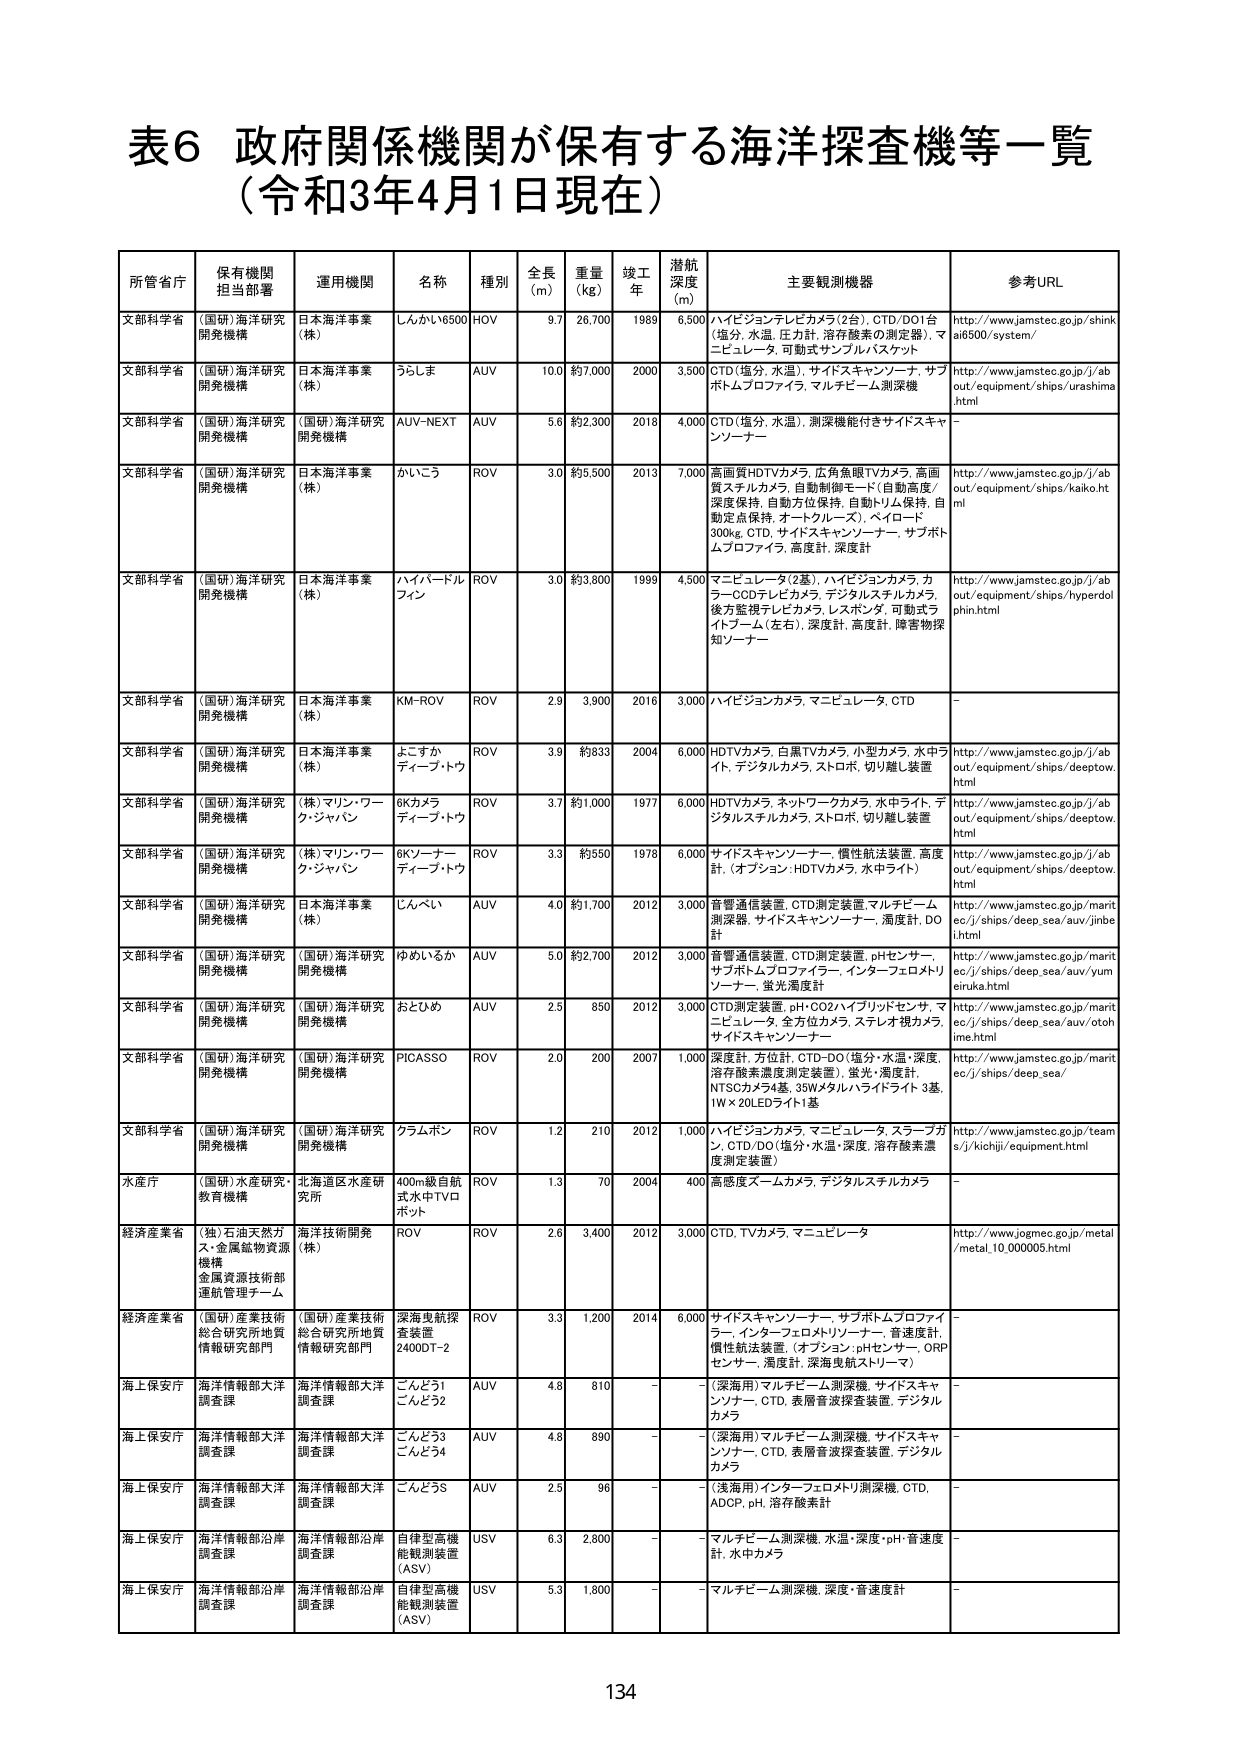
表6 政府関係機関が保有する海洋探査機等一覧
（令和3年4月1日現在）

所管省庁 保有機関担当部署 運用機関 名称 種別 全長(m) 重量(kg) 竣工年 潜航深度(m) 主要観測機器 参考URL

文部科学省 （国研）海洋研究開発機構 日本海洋事業（株） しんかい6500 HOV 9.7 26,700 1989 6,500 ハイビジョンテレビカメラ（2台）、CTD/DO1台（塩分、水温、圧力計、溶存酸素の測定器）、マニビュレータ、可動式サンプルバスケット http://www.jamstec.go.jp/shinkai6500/system/

文部科学省 （国研）海洋研究開発機構 日本海洋事業（株） うらしま AUV 10.0 約7,000 2000 3,500 CTD（塩分、水温）、サイドスキャンソナー、サブボトムプロファイラ、マルチビーム測深機 http://www.jamstec.go.jp//about/equipment/ships/urashima.html

文部科学省 （国研）海洋研究開発機構 （国研）海洋研究開発機構 AUV-NEXT AUV 5.6 約2,300 2018 4,000 CTD（塩分、水温）、測深機能付きサイドスキャンソナー －

文部科学省 （国研）海洋研究開発機構 日本海洋事業（株） かいこう ROV 3.0 約5,500 2013 7,000 高画質HDTVカメラ、広角魚眼TVカメラ、高画質スチルカメラ、自動制御モード（自動高度/深度保持、自動方位保持、自動トルク保持、自動定点保持、オートクルーズ）、ペイロード300kg、CTD、サイドスキャンソナー、サブボトムプロファイラ、高度計 http://www.jamstec.go.jp//about/equipment/ships/kaiko.html

文部科学省 （国研）海洋研究開発機構 日本海洋事業（株） ハイパードルフィン ROV 3.0 約3,800 1999 4,500 マニビュレータ（2基）、ハイビジョンカメラ、カラーCODテレビカメラ、デジタルスチルカメラ、後方監視テレビカメラ、レスポンダ、可動式ライトブーム（左右）、深度計、高度計、障害物探知ソナー http://www.jamstec.go.jp//about/equipment/ships/hyperdolphin.html

文部科学省 （国研）海洋研究開発機構 日本海洋事業（株） KM-ROV ROV 2.9 3,900 2016 3,000 ハイビジョンカメラ、マニビュレータ、CTD －

文部科学省 （国研）海洋研究開発機構 日本海洋事業（株） よこすかディープ・トゥ ROV 3.9 約833 2004 6,000 HDTVカメラ、白黒TVカメラ、小型カメラ、水中ライト、デジタルカメラ、ストロボ、切り離し装置 http://www.jamstec.go.jp//about/equipment/ships/deeptow.html

文部科学省 （国研）海洋研究開発機構 （株）マリン・ワーク・ジャパン 6Kカメラディープ・トゥ ROV 3.7 約1,000 1977 6,000 HDTVカメラ、ネットワークカメラ、水中ライト、デジタルスチルカメラ、ストロボ、切り離し装置 http://www.jamstec.go.jp//about/equipment/ships/deeptow.html

文部科学省 （国研）海洋研究開発機構 （株）マリン・ワーク・ジャパン 6Kソナーディープ・トゥ ROV 3.3 約550 1978 6,000 サイドスキャンソナー、慣性航法装置、高度計、（オプション：HDTVカメラ、水中ライト） http://www.jamstec.go.jp//about/equipment/ships/deeptow.html

文部科学省 （国研）海洋研究開発機構 日本海洋事業（株） じんべい AUV 4.0 約1,700 2012 3,000 音響通信装置、CTD測定装置、マルチビーム測深器、サイドスキャンソナー、温度計、DO計 http://www.jamstec.go.jp/maritec//ships/deep_sea/auv/jinbe i.html

文部科学省 （国研）海洋研究開発機構 （国研）海洋研究開発機構 ゆめいるか AUV 5.0 約2,700 2012 3,000 音響通信装置、CTD測定装置、pHセンサー、サブボトムプロファイラ、インターフェロメトリソナー、蛍光濁度計 http://www.jamstec.go.jp/maritec//ships/deep_sea/auv/yum eiruka.html

文部科学省 （国研）海洋研究開発機構 （国研）海洋研究開発機構 おとひめ AUV 2.5 850 2012 3,000 CTD測定装置、pH-CO2ハイブリッドセンサ、マニビュレータ、全方位カメラ、ステレオ視カメラ、サイドスキャンソナー http://www.jamstec.go.jp/maritec//ships/deep_sea/auv/otoh ime.html

文部科学省 （国研）海洋研究開発機構 （国研）海洋研究開発機構 PICASSO ROV 2.0 200 2007 1,000 深度計、方位計、CTD-DO（塩分・水温・深度、溶存酸素濃度測定装置）、蛍光・濁度計、NTSCカメラ4基、35Wメタルハライドライト3基、1W×20LEDライト1基 http://www.jamstec.go.jp/maritec//ships/deep_sea/

文部科学省 （国研）海洋研究開発機構 （国研）海洋研究開発機構 クラムポン ROV 1.2 210 2012 1,000 ハイビジョンカメラ、マニビュレータ、スラーブガン、CTD/DO（塩分・水温・深度、溶存酸素濃度測定装置） http://www.jamstec.go.jp/teams//kichiji/equipment.html

水産庁 （国研）水産研究・教育機構 北海道区水産研究所 400m級自航式水中TVロボット ROV 1.3 70 2004 400 高感度ズームカメラ、デジタルスチルカメラ －

経済産業省 （独）石油天然ガス・金属鉱物資源機構 金属資源技術部運航管理チーム 海洋技術開発（株） ROV 2.6 3,400 2012 3,000 CTD、TVカメラ、マニビュレータ http://www.jogmec.go.jp/metal/metal_10_000005.html

経済産業省 （国研）産業技術総合研究所地質情報研究部門 （国研）産業技術総合研究所地質情報研究部門 深海曳航探査装置2400DT-2 ROV 3.3 1,200 2014 6,000 サイドスキャンソナー、サブボトムプロファイラ、インターフェロメトリソナー、音速度計、慣性航法装置、（オプション：pHセンサー、ORPセンサー、濁度計、深海曳航ストリーマ） －

海上保安庁 海洋情報部大洋調査課 海洋情報部大洋調査課 こんどう1 こんどう2 AUV 4.8 810 － － （深海用）マルチビーム測深機、サイドスキャンソナー、CTD、表層音波探査装置、デジタルカメラ －

海上保安庁 海洋情報部大洋調査課 海洋情報部大洋調査課 こんどう3 こんどう4 AUV 4.8 890 － － （深海用）マルチビーム測深機、サイドスキャンソナー、CTD、表層音波探査装置、デジタルカメラ －

海上保安庁 海洋情報部大洋調査課 海洋情報部大洋調査課 こんどう5 AUV 2.5 96 － － （浅海用）インターフェロメトリ測深機、CTD、ADCP、pH、溶存酸素計 －

海上保安庁 海洋情報部沿岸調査課 海洋情報部沿岸調査課 自律型高機能観測装置（ASV） USV 6.3 2,800 － － マルチビーム測深機、水温・深度・pH・音速度計、水中カメラ －

海上保安庁 海洋情報部沿岸調査課 海洋情報部沿岸調査課 自律型高機能観測装置（ASV） USV 5.3 1,800 － － マルチビーム測深機、深度・音速度計 －

134